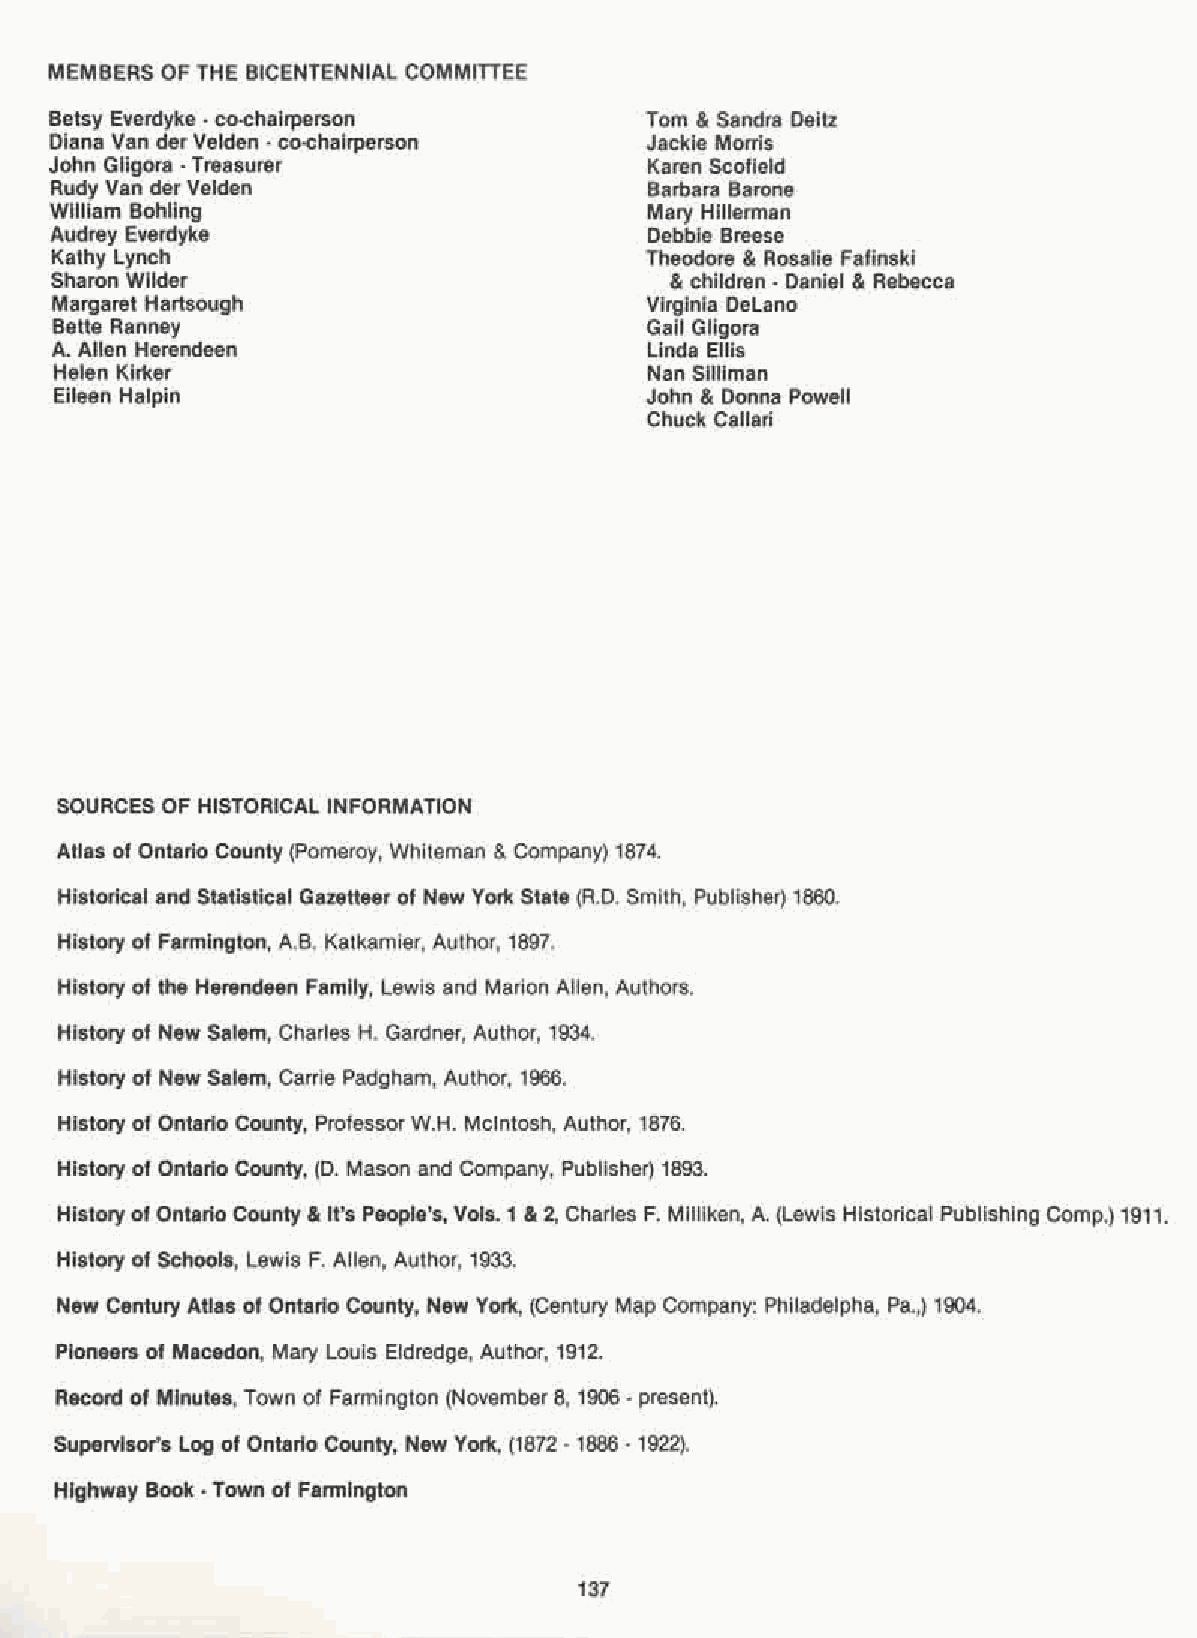
MEMBERS OF THE BICENTENNIAL COMMITTEE
 Betsy Everdyke - co-chairperson         Tom & Sandra Deitz
 Diana Van der Velden - co-chairperson   Jackie Morris
 John Gligora - Treasurer                Karen Scofield
 Rudy Van der Velden                     Barbara Barone
 William Bohling                         Mary Hillerman
 Audrey Everdyke                         Debbie Breese
 Kathy Lynch                             Theodore & Rosalie Fafinski
 Sharon Wilder                            & children - Daniel & Rebecca
 Margaret Hartsough                     Virginia DeLano
 Bette Ranney                           Gail Gligora
 A. Allen Herendeen                      Linda Ellis
 Helen Kirker                           Nan Silliman
 Eileen Halpin                          John & Donna Powell
 Chuck Callari
 SOURCES OF HISTORICAL INFORMATION
 Atlas of Ontario County (Pomeroy, Whiteman & Company) 1874.
 Historical and Statistical Gazetteer of New York State (RD. Smith, Publisher) 1860.
 History of Farmington, A.B. Katkamier, Author, 1897.
 History of the Herendeen Family, Lewis and Marion Allen, Authors.
 History of New Salem, Charles H. Gardner, Author, 1934.
 History of New Salem, Carrie Padgham, Author, 1966.
 History of Ontario County, Professor W.H. MCintosh, Author, 1876.
 History of Ontario County, (D. Mason and Company, Publisher) 1893.
 History of Ontario County & It's People's, Vols_ 1 & 2, Charles F. Milliken, A. (Lewis Historical Publishing Comp.) 1911.
 History of Schools, Lewis F. Allen, Author, 1933.
 New Century Atlas of Ontario County, New York, (Century Map Company: Philadelpha, Pa.,) 1904.
 Pioneers of Macedon, Mary Louis Eldredge, Author, 1912.
 Record of Minutes, Town of Farmington (November 8, 1906 - present).
 Supervisor's Log of Ontario County, New York, (1872 - 1886 - 1922).
 Highway Book - Town of Farmington
 137